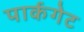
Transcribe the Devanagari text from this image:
पार्कगेट